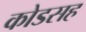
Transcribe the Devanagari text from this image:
कोडसह